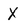
Character: X